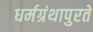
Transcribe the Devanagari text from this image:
धर्मग्रंथापुरते